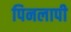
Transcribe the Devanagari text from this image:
पिनलापी